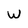
Character: W